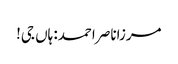
مرزاناصر احمد: ہاں جی!